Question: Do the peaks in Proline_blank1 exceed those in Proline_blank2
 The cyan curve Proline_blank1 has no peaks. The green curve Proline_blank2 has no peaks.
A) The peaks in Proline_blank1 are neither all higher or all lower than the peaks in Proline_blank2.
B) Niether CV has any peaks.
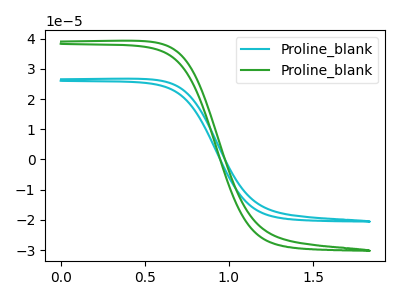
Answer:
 <answer>B) Niether CV has any peaks.</answer>
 <eval>B</eval>